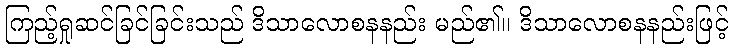
ကြည့်ရှုဆင်ခြင်ခြင်းသည် ဒိသာလောစနနည်း မည်၏။ ဒိသာလောစနနည်းဖြင့်